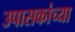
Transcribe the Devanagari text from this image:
उपासकांच्या